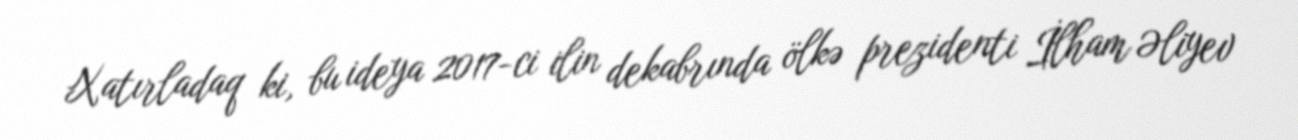
Xatırladaq ki, bu ideya 2017-ci ilin dekabrında ölkə prezidenti İlham Əliyev